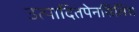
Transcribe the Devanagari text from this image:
उत्पादितपेनसिलिंस